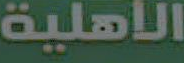
الأهلية